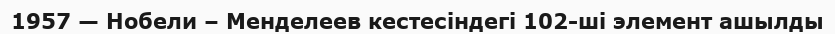
1957 — Нобели – Менделеев кестесіндегі 102-шi элемент ашылды